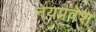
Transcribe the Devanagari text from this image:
नयप्रवेश